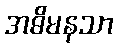
အဓိမနသာ